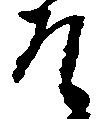
そ